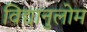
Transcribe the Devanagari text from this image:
विद्यानुलोम